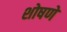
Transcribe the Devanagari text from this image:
शोषणे